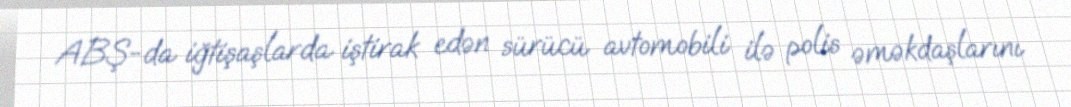
ABŞ-da iğtişaşlarda iştirak edən sürücü avtomobili ilə polis əməkdaşlarını